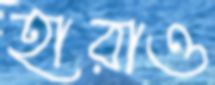
হারাও